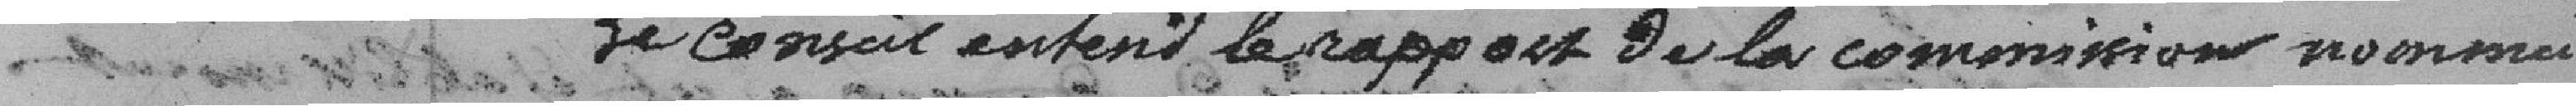
Le conseil entend le rapport de la commission nommée